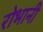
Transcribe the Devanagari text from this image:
रोभानी